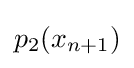
p_{2}(x_{n+1})